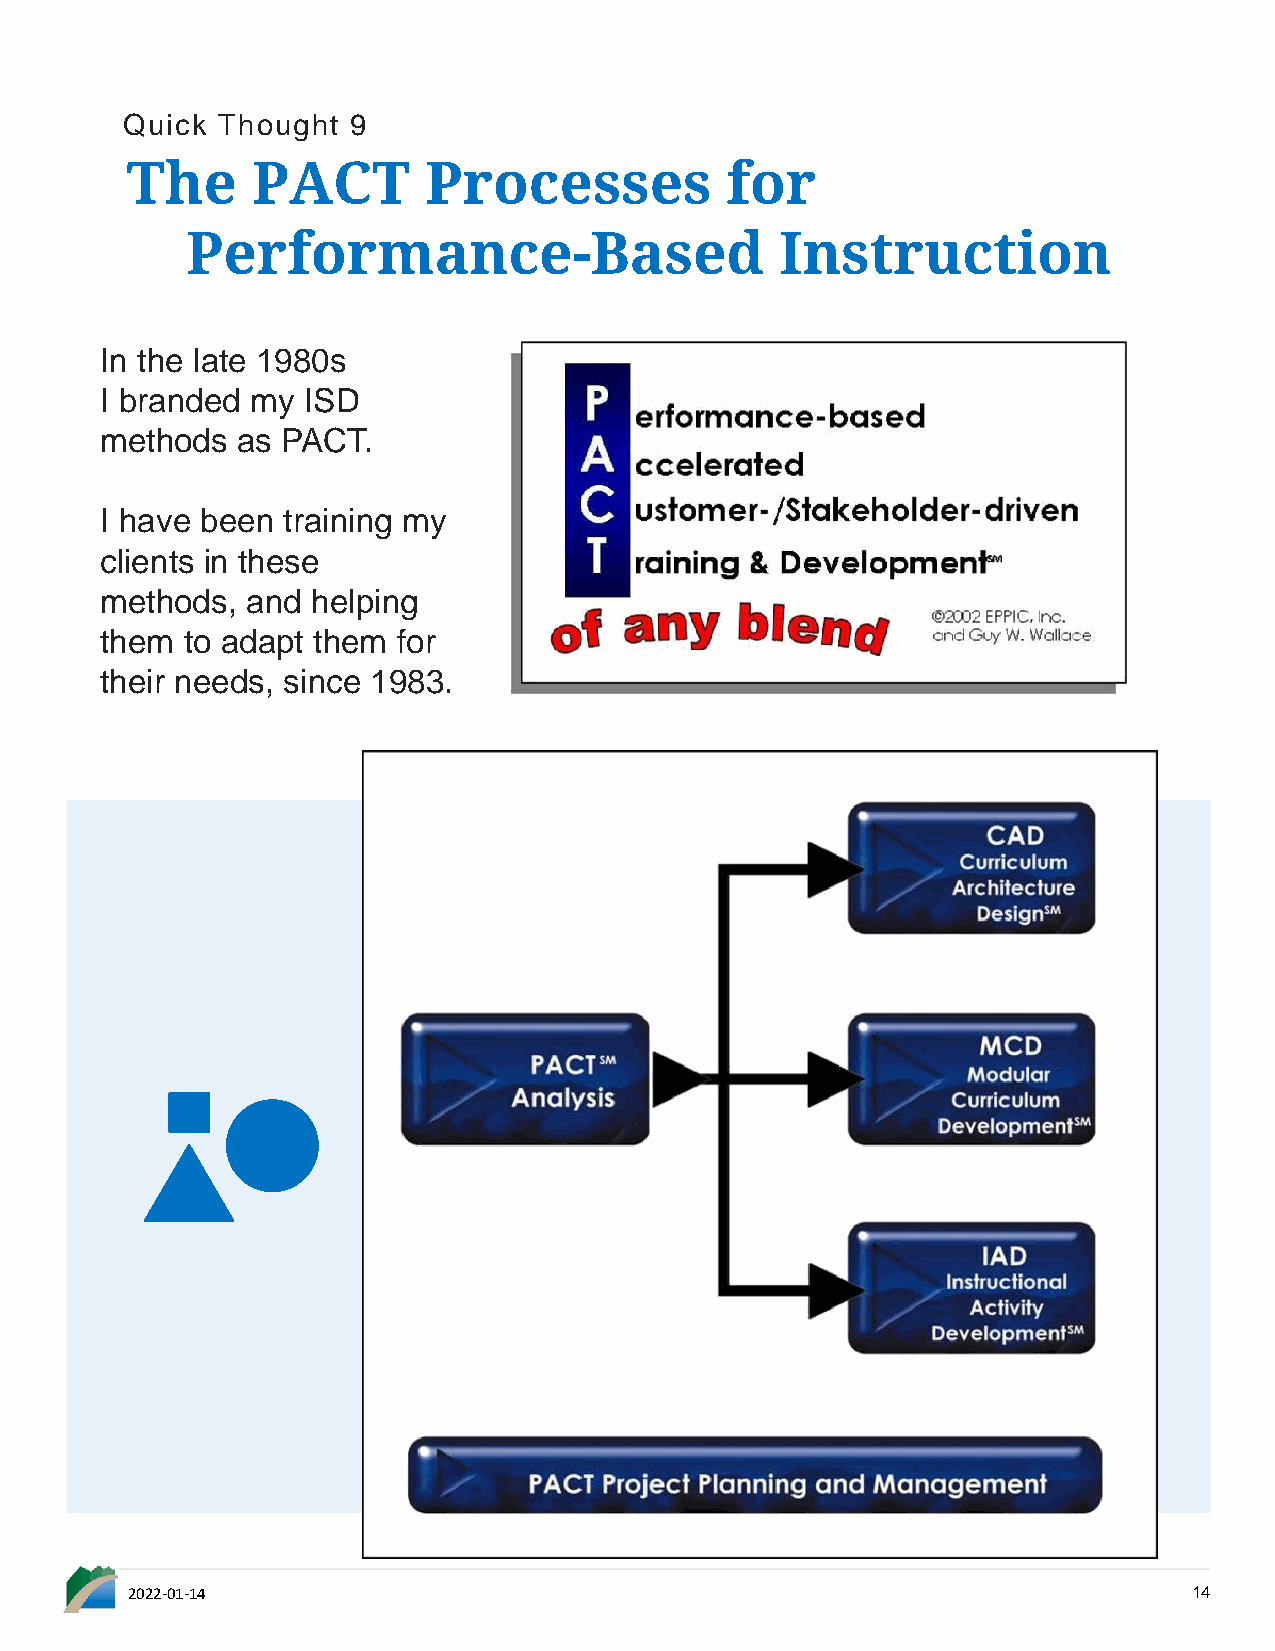
Quick Thought  9
 The      PACT       Processes           for
 Performance-Based                       Instruction
 In the late 1980s
 I branded my ISD
 methods  as PACT.
 I have been training my
 clients in these
 methods, and  helping
 them to adapt them for
 their needs, since 1983.
 2022-01-14                                                             14